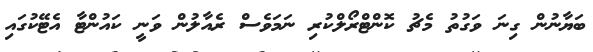
ބަޔާނުން ގިނަ ވަގުތު މެޗު ކޮންޓްރޯލްކުރި ނަމަވެސް ރެއާލުން ވަނީ ކައުންޓާ އެޓޭކުގައި